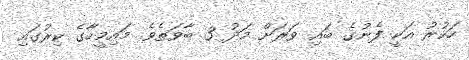
ހަކުރު އަކީ ފެނުގެ ބައި ވަރަށް މަދު 3 ބާވަތެވެ. މައިމީހާގެ ކިރުގައި